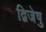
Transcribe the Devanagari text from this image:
द्विजेषु